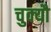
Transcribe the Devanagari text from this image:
चुक्यौ